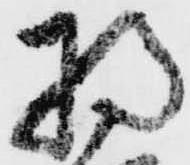
将